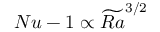
N u - 1 \propto \widetilde { R a } ^ { 3 / 2 }